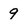
Character: 9